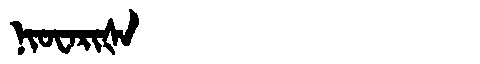
Manchu: ᠨᡳᠣᠸᠠᡵᡳᡧᠠ
Romanization: NIOWARIŠA